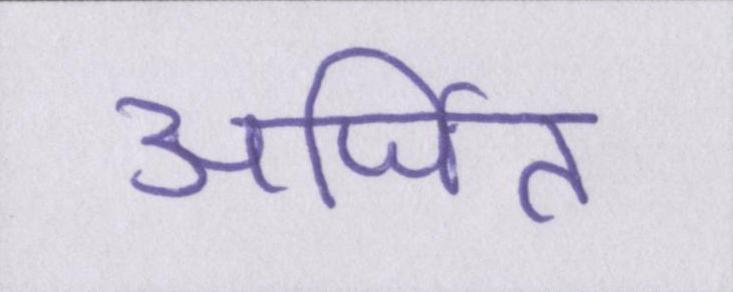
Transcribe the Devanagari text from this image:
अर्जित